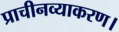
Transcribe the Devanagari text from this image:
प्राचीनव्याकरण।